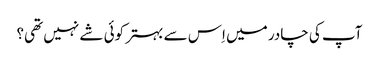
آپ کی چادر میں اِس سے بہتر کوئی شے نہیں تھی؟